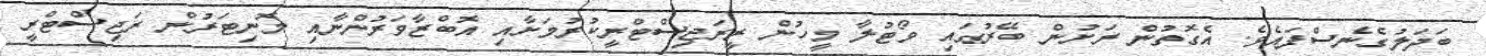
ބަދަލުގެނެސްފައެވެ. އެގޮތުން ރަށުން ބޭރުގައި ވޯޓުލާ މީހުން ރީރަޖިސްޓްރީކުރުމަށާއި އޮބްޒާވަރުންނާއި މޮނިޓަރުން ރަޖިސްޓްރީ